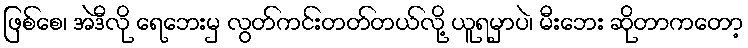
ဖြစ်စေ၊ အဲဒီလို ရေဘေးမှ လွတ်ကင်းတတ်တယ်လို့ ယူရမှာပဲ၊ မီးဘေး ဆိုတာကတော့